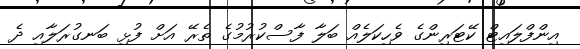
އިންފްލައިޓް ކޭޓަރިންގެ ވެހިކަލެއް ބަލާ ފާސްކުރުމުގެ ތެރޭ އަށް ފުޅި ބަނގުރަލާއި ދެ